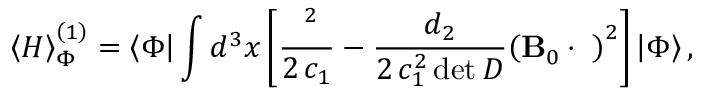
\left\langle H \right\rangle _ { \Phi } ^ { \left( 1 \right) } = \left\langle \Phi \right| \int { { d ^ { 3 } } x } \left[ { \frac { { { { \bf \Pi } ^ { 2 } } } } { { 2 \, { c _ { 1 } } } } - \frac { { { d _ { 2 } } } } { { 2 \, c _ { 1 } ^ { 2 } \operatorname* { d e t } D } } { { \left( { { \bf B } _ { 0 } \cdot { \bf \Pi } } \right) } ^ { 2 } } } \right] \left| \Phi \right\rangle ,